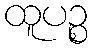
ထူပဉ္စ